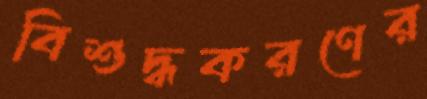
বিশুদ্ধকরণের